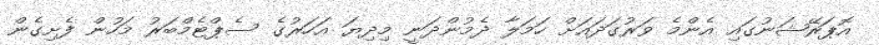
އޮޕަރޭޝަނުގައި އެންމެ ވަރުގަދައަށް ހަމަލާ ދެމުންދަނީ މިދިޔަ އަހަރުގެ ސެޕްޓެމްބަރު މަހުން ފެށިގެން